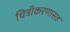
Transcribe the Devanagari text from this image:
चित्रीकरणासह